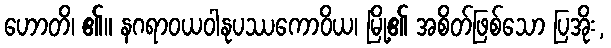
ဟောတိ၊ ၏။ နဂရာဝယဝါနုပဿကောဝိယ၊ မြို့၏ အစိတ်ဖြစ်သော ပြအိုး,